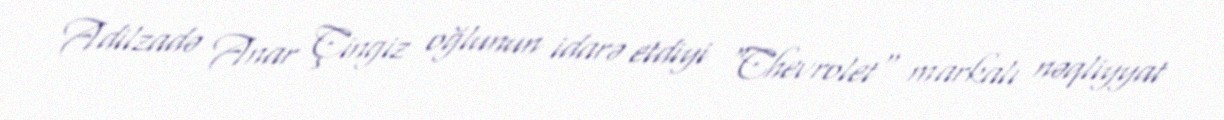
Adilzadə Anar Çingiz oğlunun idarə etdiyi "Chevrolet" markalı nəqliyyat